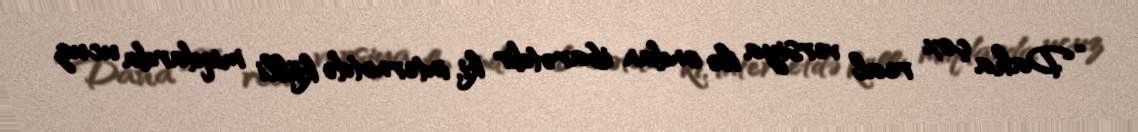
“Daha çox real versiya ilə ondan ibarətdir ki, internetdə külli miqdarda ucuz